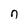
Character: n